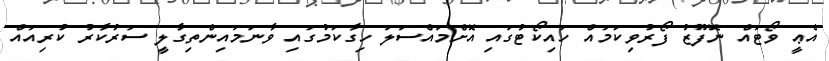
އެޢީ ވޯޓައް ނޮފޫޒު ފޯރުވިކަމައް ހައިކޯޓުގައި އޮށްމައްސަލަ ހިގާކަމުގައި ވާނަމައިންތިގާލީ ސަރުކާރު ކުރިއައް